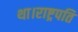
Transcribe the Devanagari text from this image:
था।राष्ट्रपति